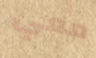
معي